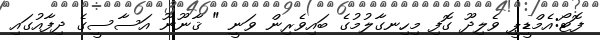
ފޮޓޯ:އެމްޑީޕީ ވެލިދޫ ގޮފި މިހިނގާލުމުގެ ބައިވެރިން ވަނީ " ޤާނޫނޫ އަސާސީގެ ދިފާއުގައި